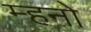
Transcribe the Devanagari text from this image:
म्हनो